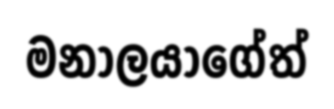
මනාලයාගේත්